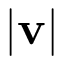
| \mathbf { v } |